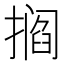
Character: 𫾁